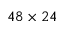
4 8 \times 2 4